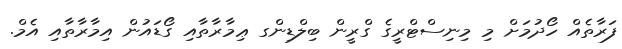
ފަރާތެއް ހޯދުމަށް މި މިނިސްޓްރީގެ ގްރީން ބިލްޑިންގ ޢިމާރާތާއި ގޯޑައުން އިމާރާތާއި އެމް.